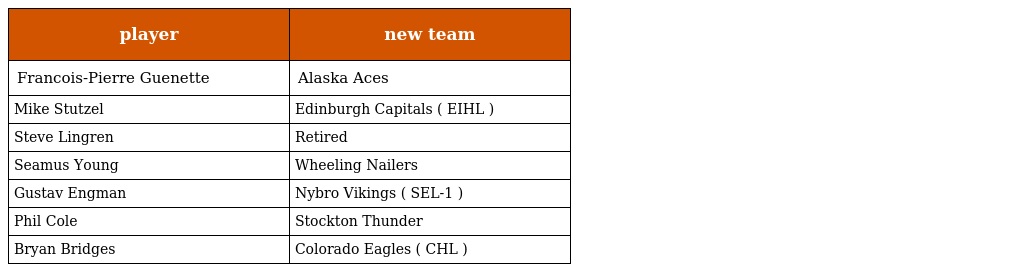
| player | new team |
 | --- | --- |
 | Francois-Pierre Guenette | Alaska Aces |
 | Mike Stutzel | Edinburgh Capitals ( EIHL ) |
 | Steve Lingren | Retired |
 | Seamus Young | Wheeling Nailers |
 | Gustav Engman | Nybro Vikings ( SEL-1 ) |
 | Phil Cole | Stockton Thunder |
 | Bryan Bridges | Colorado Eagles ( CHL ) |